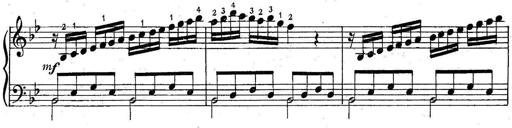
Title: 6 Easy Sonatinas
Composer: Carl Czerny